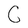
Character: C